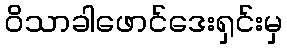
ဝိသာခါဖောင်ဒေးရှင်းမှ